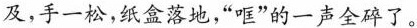
及，手一松，纸盒落地“哐”的一声全碎了。